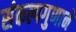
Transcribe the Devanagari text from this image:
संकल्पगुणाने